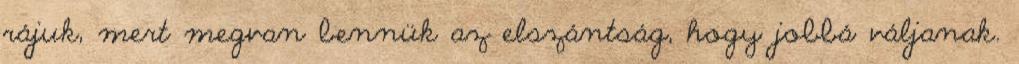
rájuk, mert megvan bennük az elszántság, hogy jobbá váljanak.